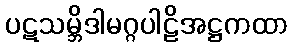
ပဋသမ္ဘိဒါမဂ္ဂပါဠိအဋ္ဌကထာ